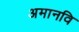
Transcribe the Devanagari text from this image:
अमानवि